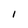
Character: l